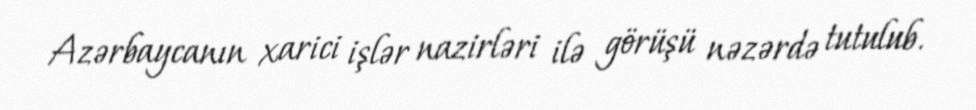
Azərbaycanın xarici işlər nazirləri ilə görüşü nəzərdə tutulub.